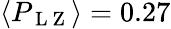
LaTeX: \langle P_{\mathrm{~L~Z~}}\rangle=0.27